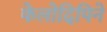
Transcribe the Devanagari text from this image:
फेलोदिपिने